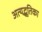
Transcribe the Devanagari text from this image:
अत्यद्भूतिका